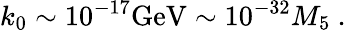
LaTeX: k_{0}\sim 10^{-17}\mathrm{GeV}\sim 10^{-32}M_{5}\ .